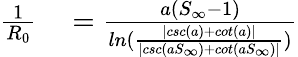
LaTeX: \begin{array}{rl}{\frac{1}{R_{0}}}&{{}=\frac{a(S_{\infty}-1)}{ln(\frac{|csc(a)+cot(a)|}{|csc(aS_{\infty})+cot(aS_{\infty})|})}}\end{array}